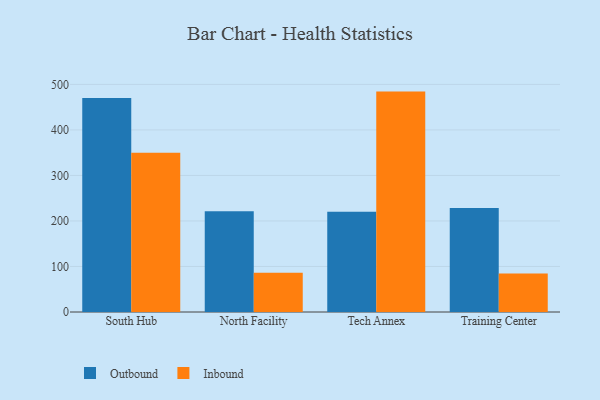
{"axis": {"x": "Campus", "y": "Bounce Rate (%)"}, "legend": ["Inbound", "Outbound"], "data": [{"x": "South Hub", "y": 469.9, "type": "Outbound"}, {"x": "South Hub", "y": 349.9, "type": "Inbound"}, {"x": "North Facility", "y": 221.4, "type": "Outbound"}, {"x": "North Facility", "y": 86.2, "type": "Inbound"}, {"x": "Tech Annex", "y": 220.4, "type": "Outbound"}, {"x": "Tech Annex", "y": 484.2, "type": "Inbound"}, {"x": "Training Center", "y": 228.7, "type": "Outbound"}, {"x": "Training Center", "y": 84.6, "type": "Inbound"}]}